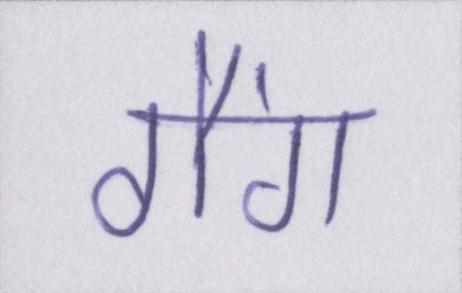
गैंग